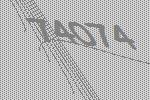
74074